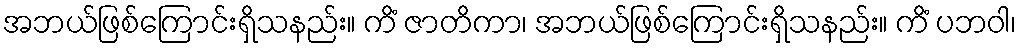
အဘယ်ဖြစ်ကြောင်းရှိသနည်း။ ကိံ ဇာတိကာ၊ အဘယ်ဖြစ်ကြောင်းရှိသနည်း။ ကိံ ပဘဝါ၊